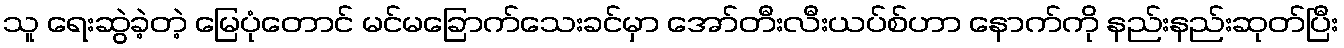
သူ ရေးဆွဲခဲ့တဲ့ မြေပုံတောင် မင်မခြောက်သေးခင်မှာ အော်တီးလီးယပ်စ်ဟာ နောက်ကို နည်းနည်းဆုတ်ပြီး